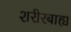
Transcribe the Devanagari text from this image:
शरीरबाह्य